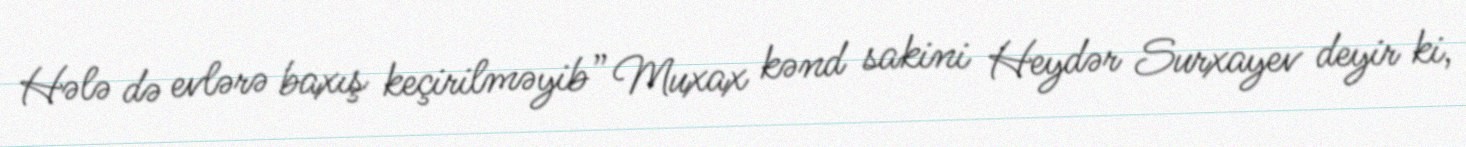
Hələ də evlərə baxış keçirilməyib” Muxax kənd sakini Heydər Surxayev deyir ki,